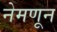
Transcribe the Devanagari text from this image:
नेमणून